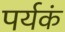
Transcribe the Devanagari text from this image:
पर्यकं